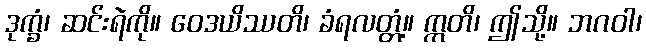
ဒုက္ခံ၊ ဆင်းရဲကို။ ဝေဒယိဿတိ၊ ခံရလတ္တံ့။ ဣတိ၊ ဤသို့။ ဘဂဝါ၊